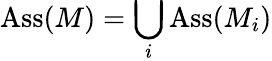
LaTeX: \operatorname{Ass}(M)=\bigcup_{i}\operatorname{Ass}(M_{i})